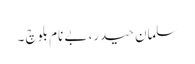
سلمان حیدر، بے نام بلوچ ۔